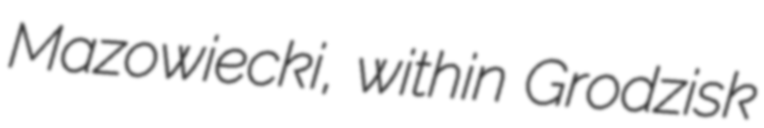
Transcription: Mazowiecki, within Grodzisk